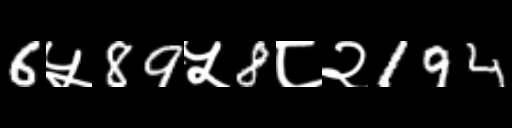
Text: 6५89५8८२194